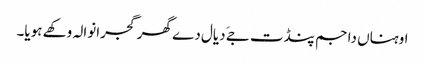
اوہناں دا جم پنڈت جےَ دیال دے گھر گجرانوالہ وکھے ہویا۔